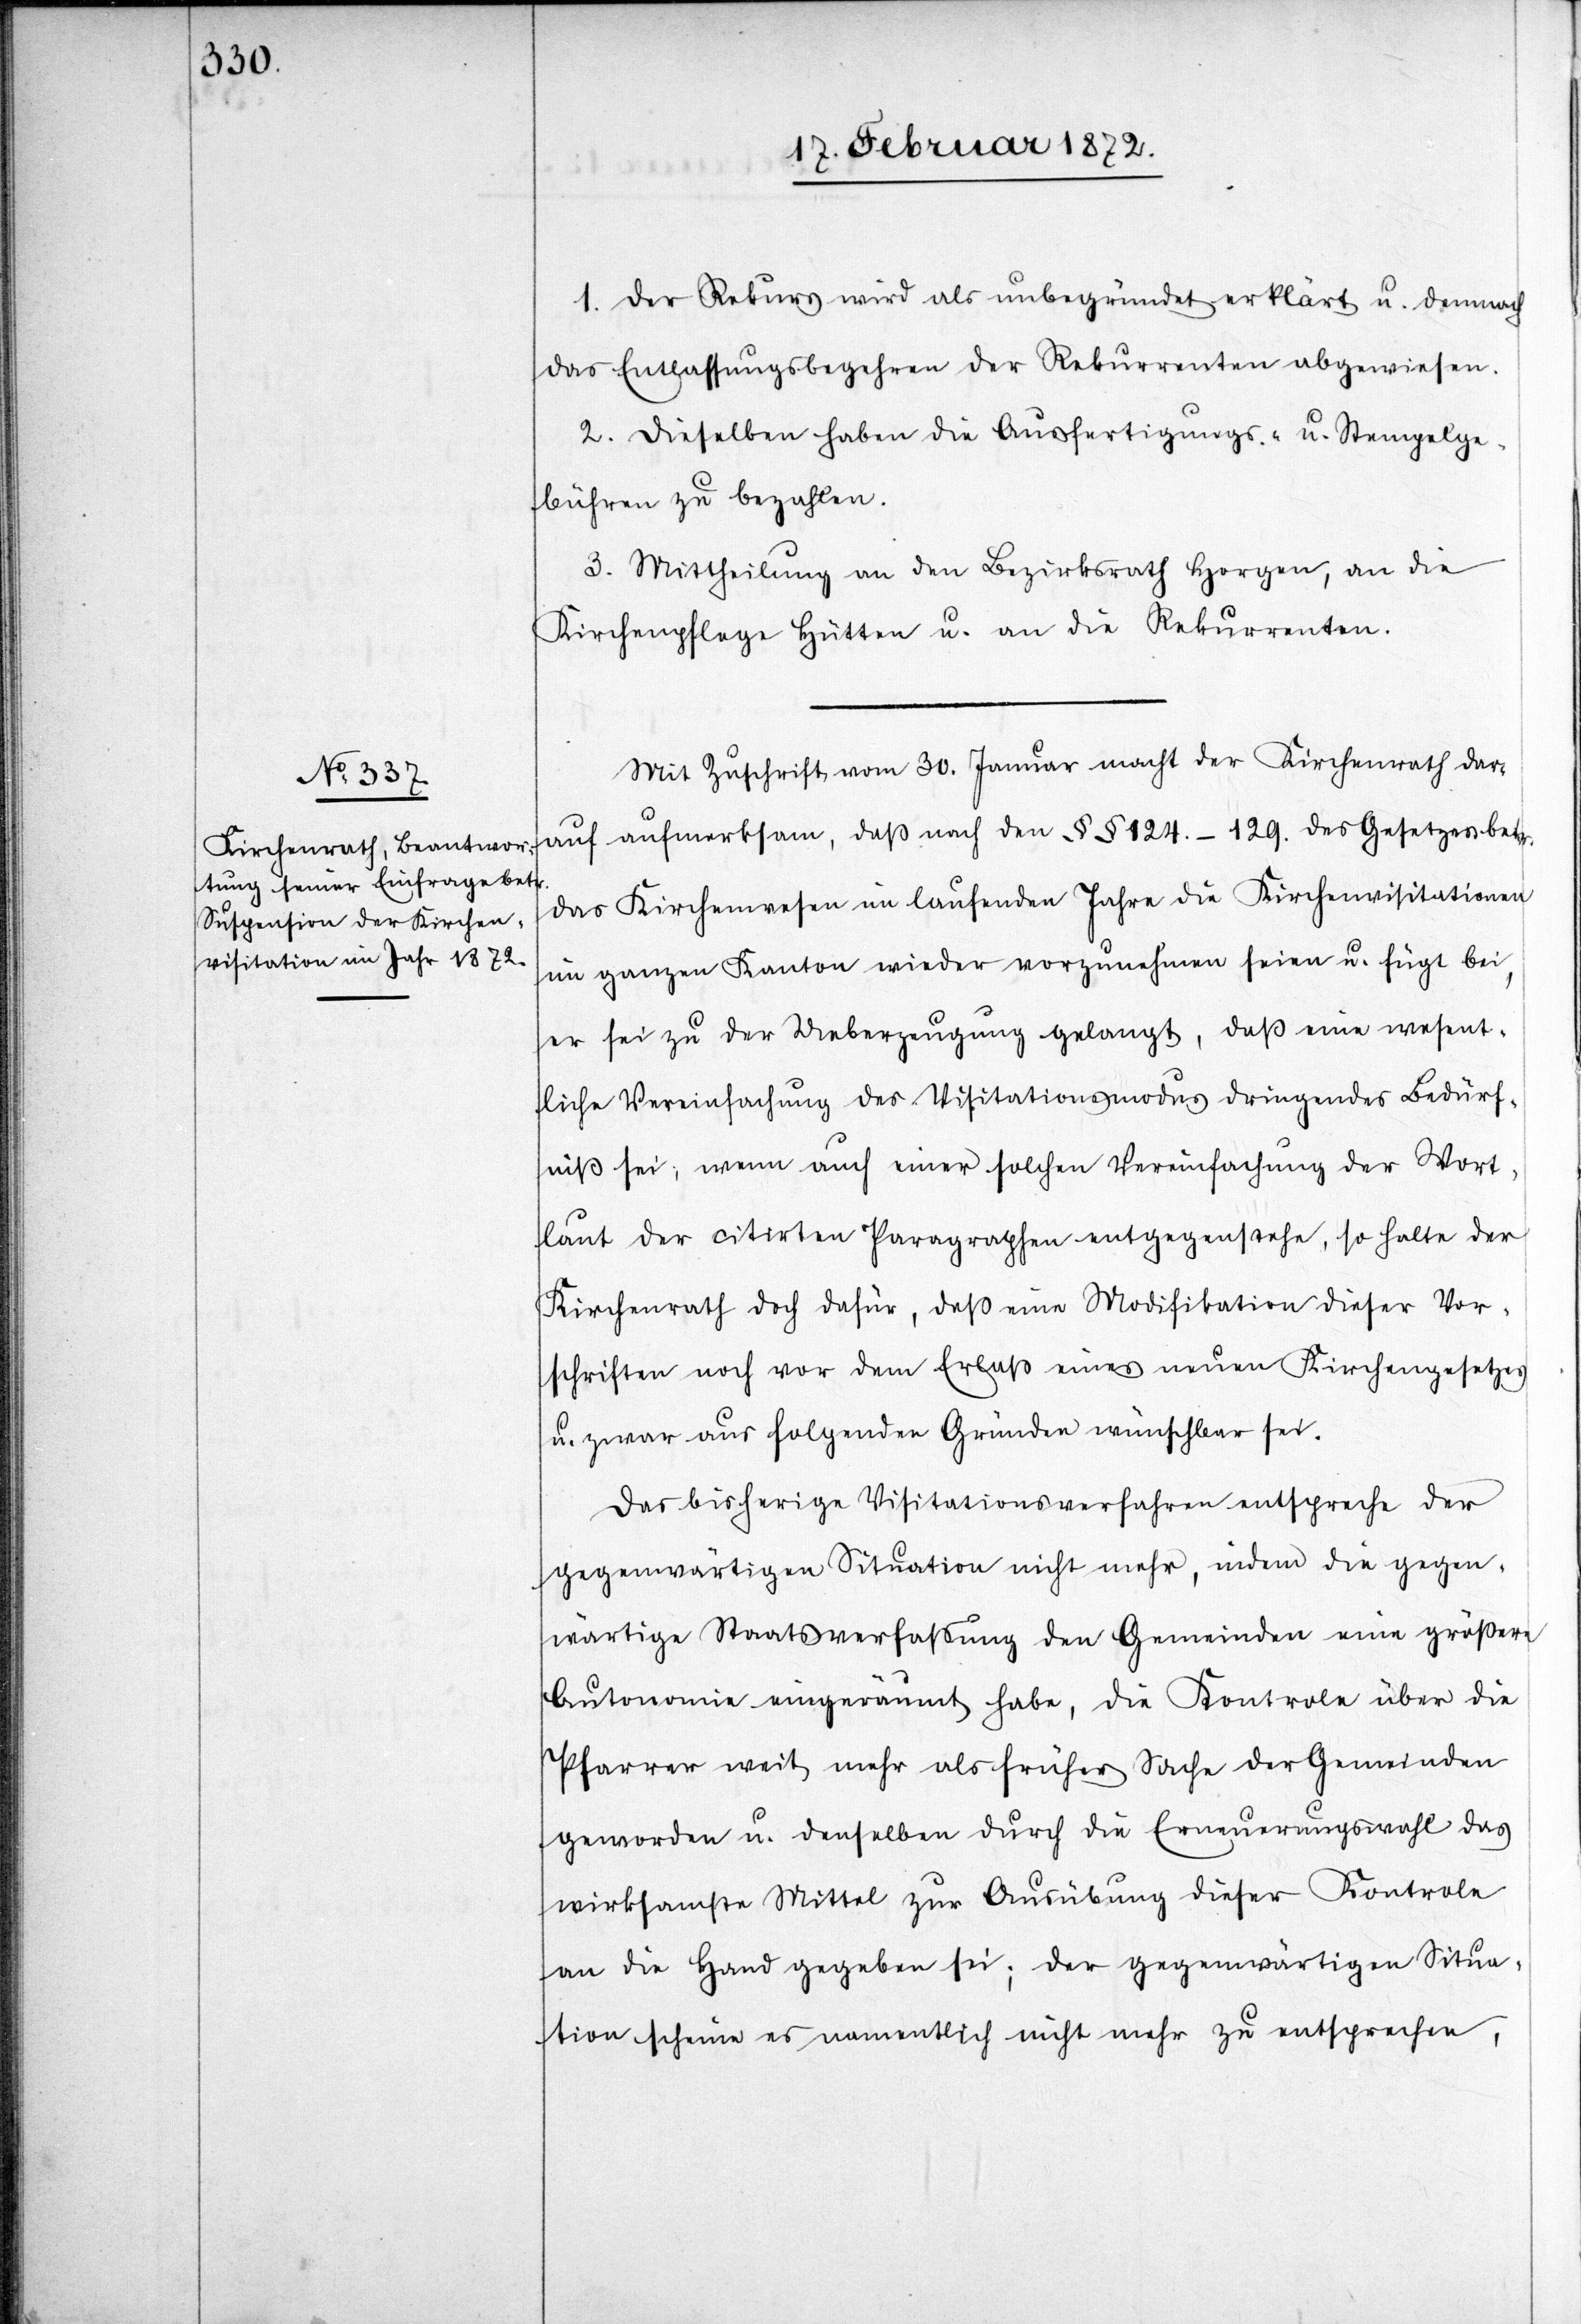
1. Der Rekurs wird als unbegründet erklärt u. demnach
das Entlassungsbegehren der Rekurrenten abgewiesen.
2. Dieselben haben die Ausfertigungs- u. Stempelge¬
bühren zu bezahlen.
3. Mittheilung an den Bezirksrath Horgen, an die
Kirchenpflege Hütten u. an die Rekurrenten.
Mit Zuschrift vom 30. Januar macht der Kirchenrath dar¬
auf aufmerksam, daß nach den §§ 124.–129. des Gesetzes betr.
das Kirchenwesen im laufenden Jahre die Kirchenvisitationen
im ganzen Kanton wieder vorzunehmen seien u. fügt bei,
er sei zu der Ueberzeugung gelangt, daß eine wesent¬
liche Vereinfachung des Visitationsmodus dringendes Bedür¬
niß sei, wenn auch einer solchen Vereinfachung der Wort¬
laut der citirten Paragraphen entgegenstehe, so halte der
Kirchenrath doch dafür, daß eine Modifikation dieser Vor¬
schriften noch vor dem Erlaß eines neuen Kirchengesetzes
u. zwar aus folgenden Gründen wünschbar sei.
Das bisherige Visitationsverfahren entspreche der
gegenwärtigen Situation nicht mehr, indem die gegen¬
wärtige Staatsverfassung den Gemeinden eine größere
Autonomie eingeräumt habe, die Kontrole [sic!] über die
Pfarrer weit mehr als früher Sache der Gemeinden
geworden u. denselben durch die Erneuerungswahl das
wirksamste Mittel zur Ausübung dieser Kontrole
an die Hand gegeben sei; der gegenwärtigen Situa¬
tion scheine es namentlich nicht mehr zu entsprechen,